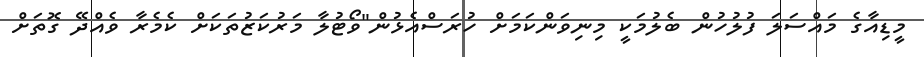
މީޑިއާގެ މައްސަލަ ފުލުހުން ބެލުމަކީ މިނިވަންކަމަށް ހުރަސްއެޅުން"ވޯޓުލާ މަރުކަޒުތަކަށް ކެމެރާ ވެެއްދޭ ގޮތަށް